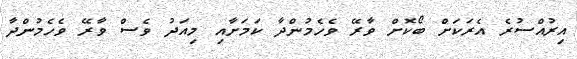
އިރުއްސުރެ އެރަކަށް ބޯކޮށް ވާރޭ ވެހެމުންދާ ކަމަށާއި މިއަދު ވެސް ވާރޭ ވެހެމުންދާ